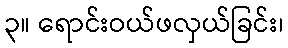
၃။ ရောင်းဝယ်ဖလှယ်ခြင်း၊